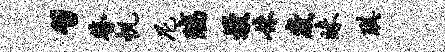
习瞽帆尼璃熳妹崴昧琪